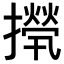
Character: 𢶇